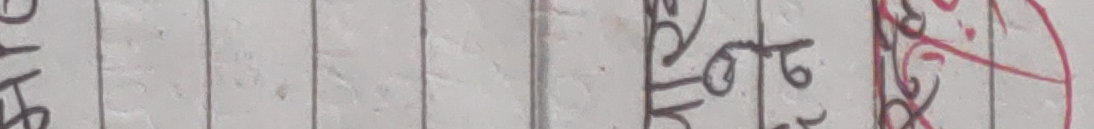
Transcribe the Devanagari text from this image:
मोट्टा